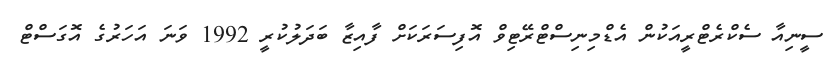
ސީނިއާ ސެކްރެޓްރީއަކުން އެޑްމިނިސްޓްރޭޓިވް އޮފިސަރަކަށް ފާއިޒާ ބަދަލުކުރީ 1992 ވަނަ އަހަރުގެ އޮގަސްޓް